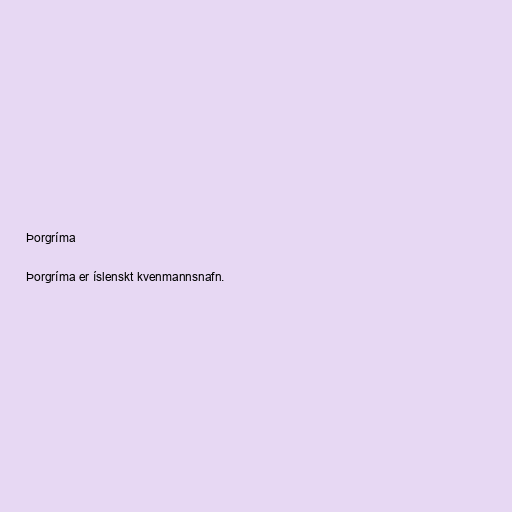
Þorgríma

Þorgríma er íslenskt kvenmannsnafn.